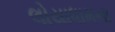
લોયાધામના